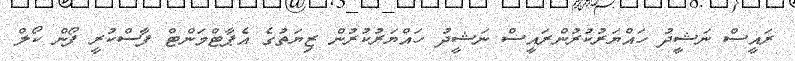
ރައީސް ނަޝީދު ހައްޔަރުކުރުންރައީސް ނަޝީދު ހައްޔަރުކުރުން ޒިޔަތުގެ އެޕާޓްމަންޓް ފާސްކުރީ ފޯން ކޯލް